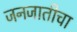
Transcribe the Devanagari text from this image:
जनजातीचा